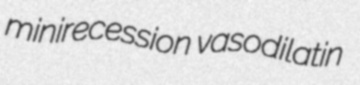
minirecession vasodilatin